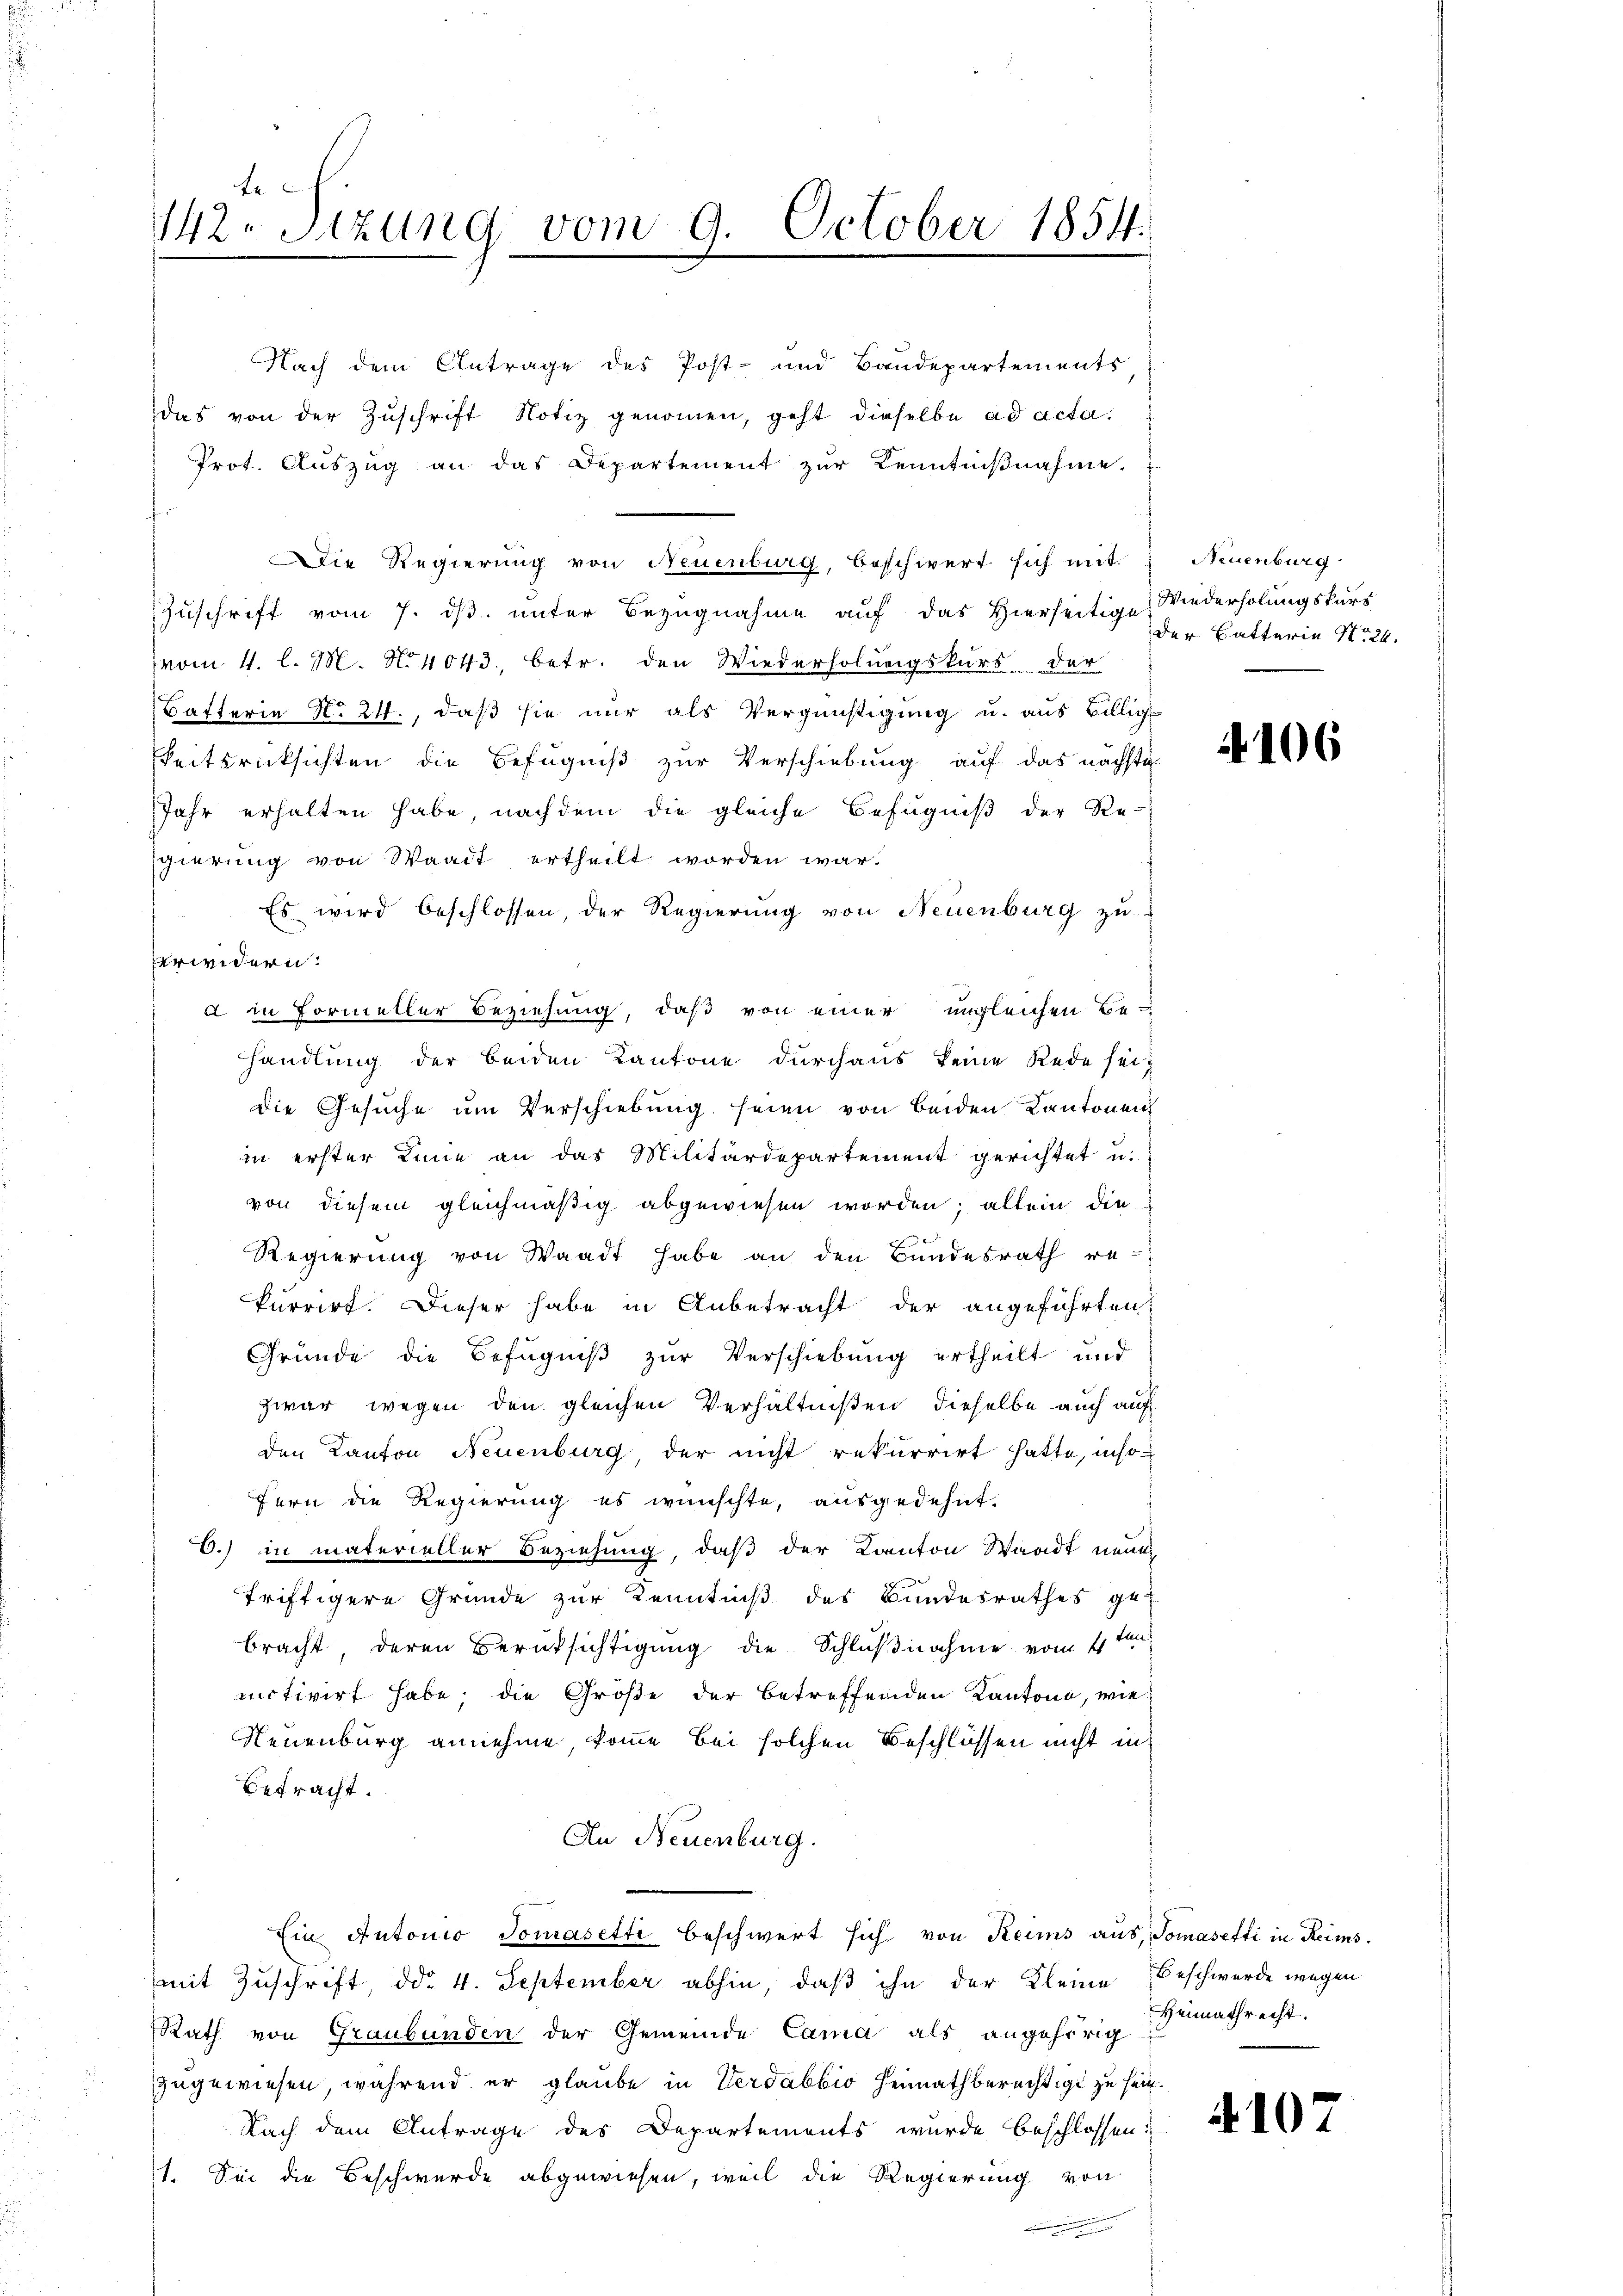
te
142. Sizung vom 9. October 1854.
e

Prot. Auszug an das Departement zur Kenntnißnahme.
r
Die Regierung von Neuenburg, beschwert sich mit
Zuschrift vom 7. ds. unter Bezugnahme auf das Hierseitigen der Batterie No 24.
vom 4. l. M. N. 4043, betr. den Wiederholungskurs der
Bafferie No 24., daß sie nur als Vergünstigung u. aus Billig
Reitsrücksichten die Befugniß zur Verschiebung auf das nächste
Jahr erhalten habe, nachdem die gleiche Befugniß der Re-
sgierung von Waadt ertheilt worden war.
Es wird beschlossen, der Regierung von Neuenburg zu
verwidern:
d in Formeller Beziehung, daß von einer ungleichen Be-
handlung der beiden Kantone durchaus keine Rede seit
die Gesuche um Verschiebung seien von beiden Kantonen
in erster Linie an das Militärdepartement gerichtet u.
von diesem gleichmäßig abgewiesen worden; allein die
Regierung von Waadt habe an den Bundesrath rekurrirt. Dieser habe in Anbetracht der angeführten
Gründe die Befugniß zur Verschiebung ertheilt und
zwar wegen den gleichen Verhältnißen, dieselbe auch auf
den Kanton Neuenburg, der nicht rekurrirt hatte, inso-
fern die Regierung es wünschte, ausgedehnt.
C.) in materieller Beziehung, daß der Kanton Waadt neue
friftigere Gründe zur Kenntniß des Bundesrathes ge-
bracht, deren Berüksichtigung die Schlußnahme vom 1ten
motivirt habe; die Größe der betreffenden Kantone, wie
Neuenburg annehme, komme bei solchen Beschlüssen nicht in
Betracht.
An Neuenburg.
Ein Antonio Tomasetti beschwert sich von Reims aus, Tomasetti in Reims.
mit Zuschrift, ddo. 4. September abhin, daß ihn der Kleine Beschwerde wegen
Rath von Graubünden der Gemeinde Cama als angehörig
zugewiesen, während er glaube in Verdabbio Heimathberechtigt zu sein.
Nach dem Antrage des Departements wurde beschlossen:
1. Sei die Beschwerde abgewiesen, weil die Regierung von

Nach dem Antrage des Post- und Baudepartements
das von der Zuschrift Notiz genommen, geht dieselbe ad acta.

Neuenburg
Wiederholungskurs

4106

Heimathrecht.

4107